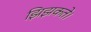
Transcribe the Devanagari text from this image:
झिझकते।